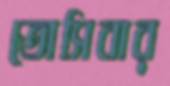
তোসিবার